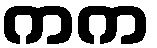
ကက